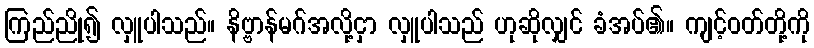
ကြည်ညို၍ လှူပါသည်။ နိဗ္ဗာန်မဂ်အလို့ငှာ လှူပါသည် ဟုဆိုလျှင် ခံအပ်၏။ ကျင့်ဝတ်တို့ကို